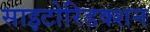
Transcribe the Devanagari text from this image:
साइटोरिडक्शन